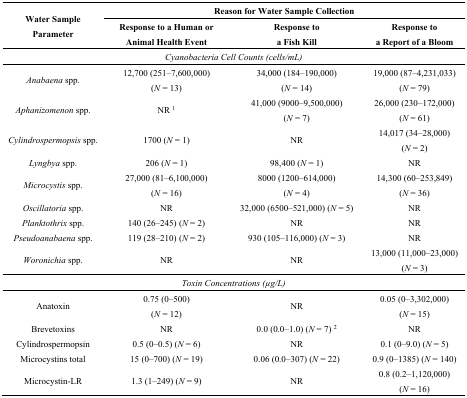
| <ROWSPAN=2> Water Sample Parameter | <COLSPAN=3> Reason for Water Sample Collection |
 | Response to a Human or Animal Health Event | Response to a Fish Kill | Response to a Report of a Bloom |
 | --- | --- | --- | --- |
 | <COLSPAN=4> Cyanobacteria Cell Counts (cells/mL) |
 | Anabaena spp. | 12,700 (251–7,600,000) (N = 13) | 34,000 (184–190,000) (N = 14) | 19,000 (87–4,231,033) (N = 79) |
 | Aphanizomenon spp. | NR 1 | 41,000 (9000–9,500,000) (N = 7) | 26,000 (230–172,000) (N = 61) |
 | Cylindrospermopsis spp. | 1700 (N = 1) | NR | 14,017 (34–28,000) (N = 2) |
 | Lyngbya spp. | 206 (N = 1) | 98,400 (N = 1) | NR |
 | Microcystis spp. | 27,000 (81–6,100,000) (N = 16) | 8000 (1200–614,000) (N = 4) | 14,300 (60–253,849) (N = 36) |
 | Oscillatoria spp. | NR | 32,000 (6500–521,000) (N = 5) | NR |
 | Planktothrix spp. | 140 (26–245) (N = 2) | NR | NR |
 | Pseudoanabaena spp. | 119 (28–210) (N = 2) | 930 (105–116,000) (N = 3) | NR |
 | Woronichia spp. | NR | NR | 13,000 (11,000–23,000) (N = 3) |
 | <COLSPAN=4> Toxin Concentrations (μg/L) |
 | Anatoxin | 0.75 (0–500) (N = 12) | NR | 0.05 (0–3,302,000) (N = 15) |
 | Brevetoxins | NR | 0.0 (0.0–1.0) (N = 7) 2 | NR |
 | Cylindrospermopsin | 0.5 (0–0.5) (N = 6) | NR | 0.1 (0–9.0) (N = 5) |
 | Microcystins total | 15 (0–700) (N = 19) | 0.06 (0.0–307) (N = 22) | 0.9 (0–1385) (N = 140) |
 | Microcystin-LR | 1.3 (1–249) (N = 9) | NR | 0.8 (0.2–1,120,000) (N = 16) |